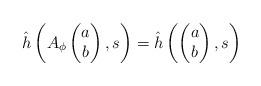
LaTeX: \begin{align*} \hat h\left( A_\phi \begin{pmatrix}a\\b\end{pmatrix}, s\right) = \hat h\left(\begin{pmatrix}a\\b\end{pmatrix}, s\right)\end{align*}